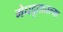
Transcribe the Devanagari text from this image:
मेघदूतातल्या